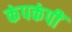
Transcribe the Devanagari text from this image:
कंपकंपीं